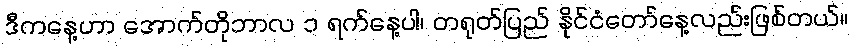
ဒီကနေ့ဟာ အောက်တိုဘာလ ၁ ရက်နေ့ပါ၊ တရုတ်ပြည် နိုင်ငံတော်နေ့လည်းဖြစ်တယ်။